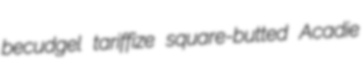
becudgel tariffize square-butted Acadie